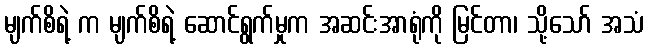
မျက်စိရဲ့ က မျက်စိရဲ့ ဆောင်ရွက်မှုက အဆင်းအာရုံကို မြင်တာ၊ သို့သော် အသံ